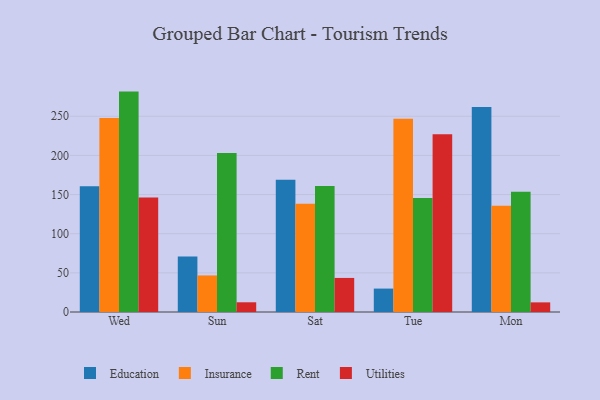
{"axis": {"x": "Day", "y": "LTV (USD)"}, "legend": ["Education", "Insurance", "Rent", "Utilities"], "data": [{"x": "Wed", "y": 160.7, "type": "Education"}, {"x": "Wed", "y": 247.8, "type": "Insurance"}, {"x": "Wed", "y": 281.5, "type": "Rent"}, {"x": "Wed", "y": 146.1, "type": "Utilities"}, {"x": "Sun", "y": 70.8, "type": "Education"}, {"x": "Sun", "y": 46.7, "type": "Insurance"}, {"x": "Sun", "y": 203.1, "type": "Rent"}, {"x": "Sun", "y": 12.4, "type": "Utilities"}, {"x": "Sat", "y": 169.0, "type": "Education"}, {"x": "Sat", "y": 138.3, "type": "Insurance"}, {"x": "Sat", "y": 160.8, "type": "Rent"}, {"x": "Sat", "y": 43.5, "type": "Utilities"}, {"x": "Tue", "y": 29.9, "type": "Education"}, {"x": "Tue", "y": 246.9, "type": "Insurance"}, {"x": "Tue", "y": 145.5, "type": "Rent"}, {"x": "Tue", "y": 226.9, "type": "Utilities"}, {"x": "Mon", "y": 261.9, "type": "Education"}, {"x": "Mon", "y": 135.8, "type": "Insurance"}, {"x": "Mon", "y": 153.6, "type": "Rent"}, {"x": "Mon", "y": 12.3, "type": "Utilities"}]}